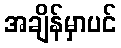
အချိန်မှာပင်